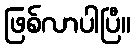
ဖြစ်လာပါပြီ။